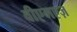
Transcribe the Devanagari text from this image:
वीएमएज़